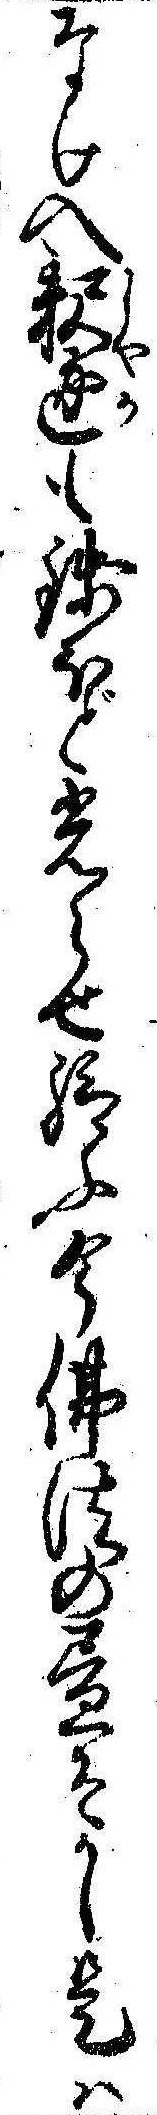
なけ入釈迦も銭ほど光らせ給ふ今仏法の昼そかし是は